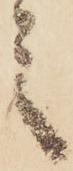
之